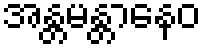
အန္တမန္တာနေဝ